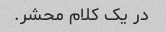
در یک کلام محشر.